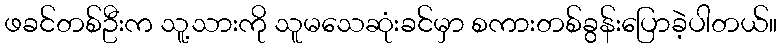
ဖခင်တစ်ဦးက သူ့သားကို သူမသေဆုံးခင်မှာ စကားတစ်ခွန်းပြောခဲ့ပါတယ်။